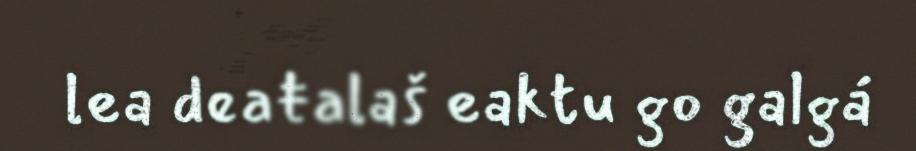
lea deaŧalaš eaktu go galgá